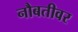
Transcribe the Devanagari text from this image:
नौबतीवर